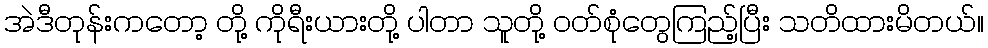
အဲဒီတုန်းကတော့ တို့ ကိုရီးယားတို့ ပါတာ သူတို့ ဝတ်စုံတွေကြည့်ပြီး သတိထားမိတယ်။